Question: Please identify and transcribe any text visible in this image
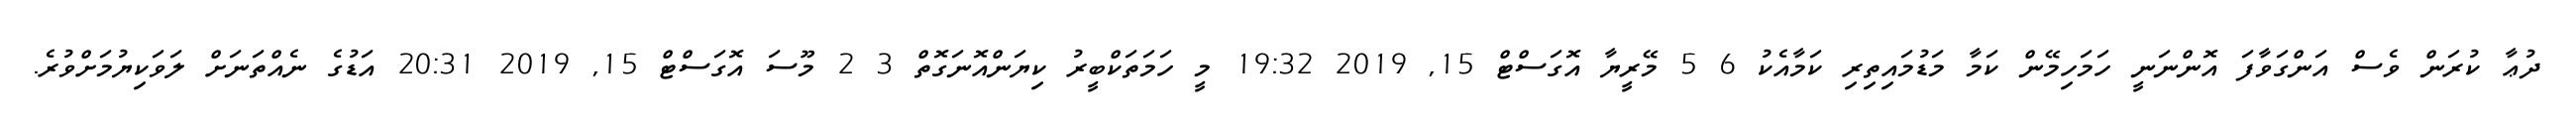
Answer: ދުޢާ ކުރަން ވެސް އަންގަވާފަ އޮންނަނީ ހަމަހިމޭން ކަމާ މަޑުމައިތިރި ކަމާއެކު 6 5 މޭރީޔާ އޮގަސްޓް 15, 2019 19:32 މީ ހަމަތަކްބީރު ކިޔަންއޮނަގޮތް 3 2 މޫސަ އޮގަސްޓް 15, 2019 20:31 އަޑުގެ ނެއްތަނަށް ލަވަކިޔުމަށްވުރެ.